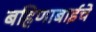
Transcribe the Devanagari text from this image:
बहिणाबाईचे